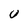
Character: U